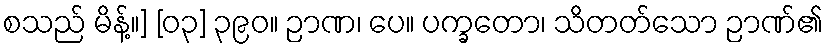
စသည် မိန့်။] [၀၃] ၃၉၀။ ဉာဏ၊ ပေ။ ပက္ခတော၊ သိတတ်သော ဉာဏ်၏